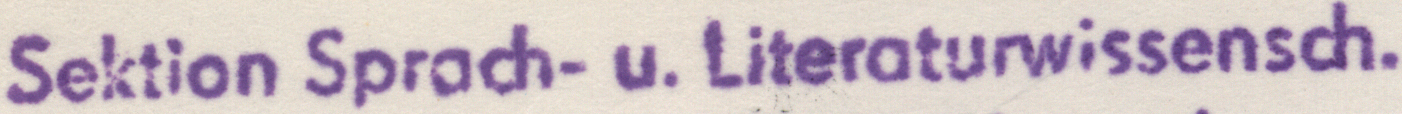
Kektion Sprach- u. Literaturwissensch.